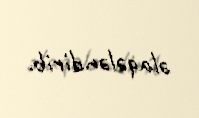
əlaqələndirib.